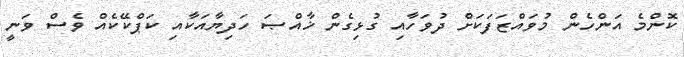
ކޮންމެ އަންހެން މުވައްޒަފަކަށް ދުވަހާއި ގުޅިގެން ޚާއްޞަ ހަދިޔާއަކާއި ކަޕްކޭކެއް ވެސް ވަނީ